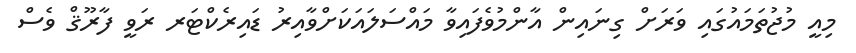
މިއީ މުޖުތަމައުގައި ވަރަށް ގިނައިން އާންމުވެފައިވާ މައްސަލައަކަށްވާއިރު ޑައިރެކްޓަރ ރަވީ ފާރޫޤް ވެސް